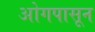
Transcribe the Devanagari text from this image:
ओगपासून